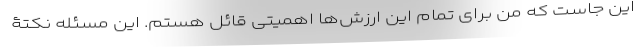
این جاست که من برای تمام این ارزش‌ها اهمیتی قائل هستم. این مسئله نکتۀ